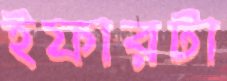
ইফারটা